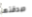
صدقتها